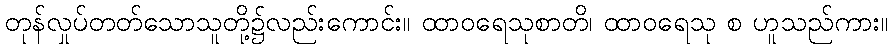
တုန်လှုပ်တတ်သောသူတို့၌လည်းကောင်း။ ထာဝရေသုစာတိ၊ ထာဝရေသု စ ဟူသည်ကား။